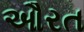
ઔરત